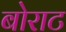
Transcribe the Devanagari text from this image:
बोराट